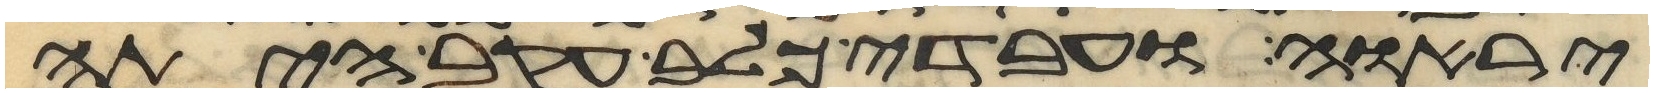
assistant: יראוה ועבדי כלב עקב היתה